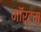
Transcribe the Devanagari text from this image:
मॉर्टम